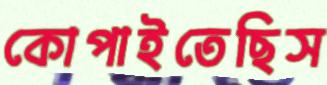
কোপাইতেছিস